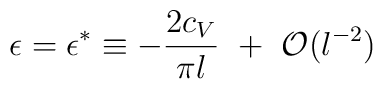
\epsilon=\epsilon^{*}\equiv -{2c_V\over\pi l} ~+~{\cal O}(l^{-2})